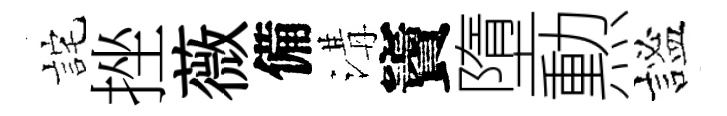
詫挫薇備溝竇墮勲謐